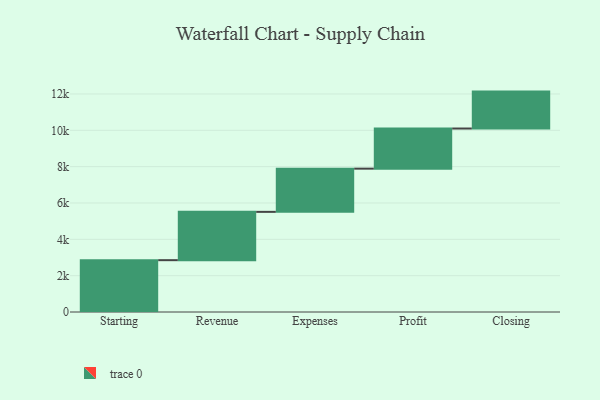
{"axis": {"x": "Step", "y": "Value"}, "legend": [""], "data": [{"x": "Starting", "y": 2853.0, "type": ""}, {"x": "Revenue", "y": 2659.0, "type": ""}, {"x": "Expenses", "y": 2378.0, "type": ""}, {"x": "Profit", "y": 2209.0, "type": ""}, {"x": "Closing", "y": 2032.0, "type": ""}]}